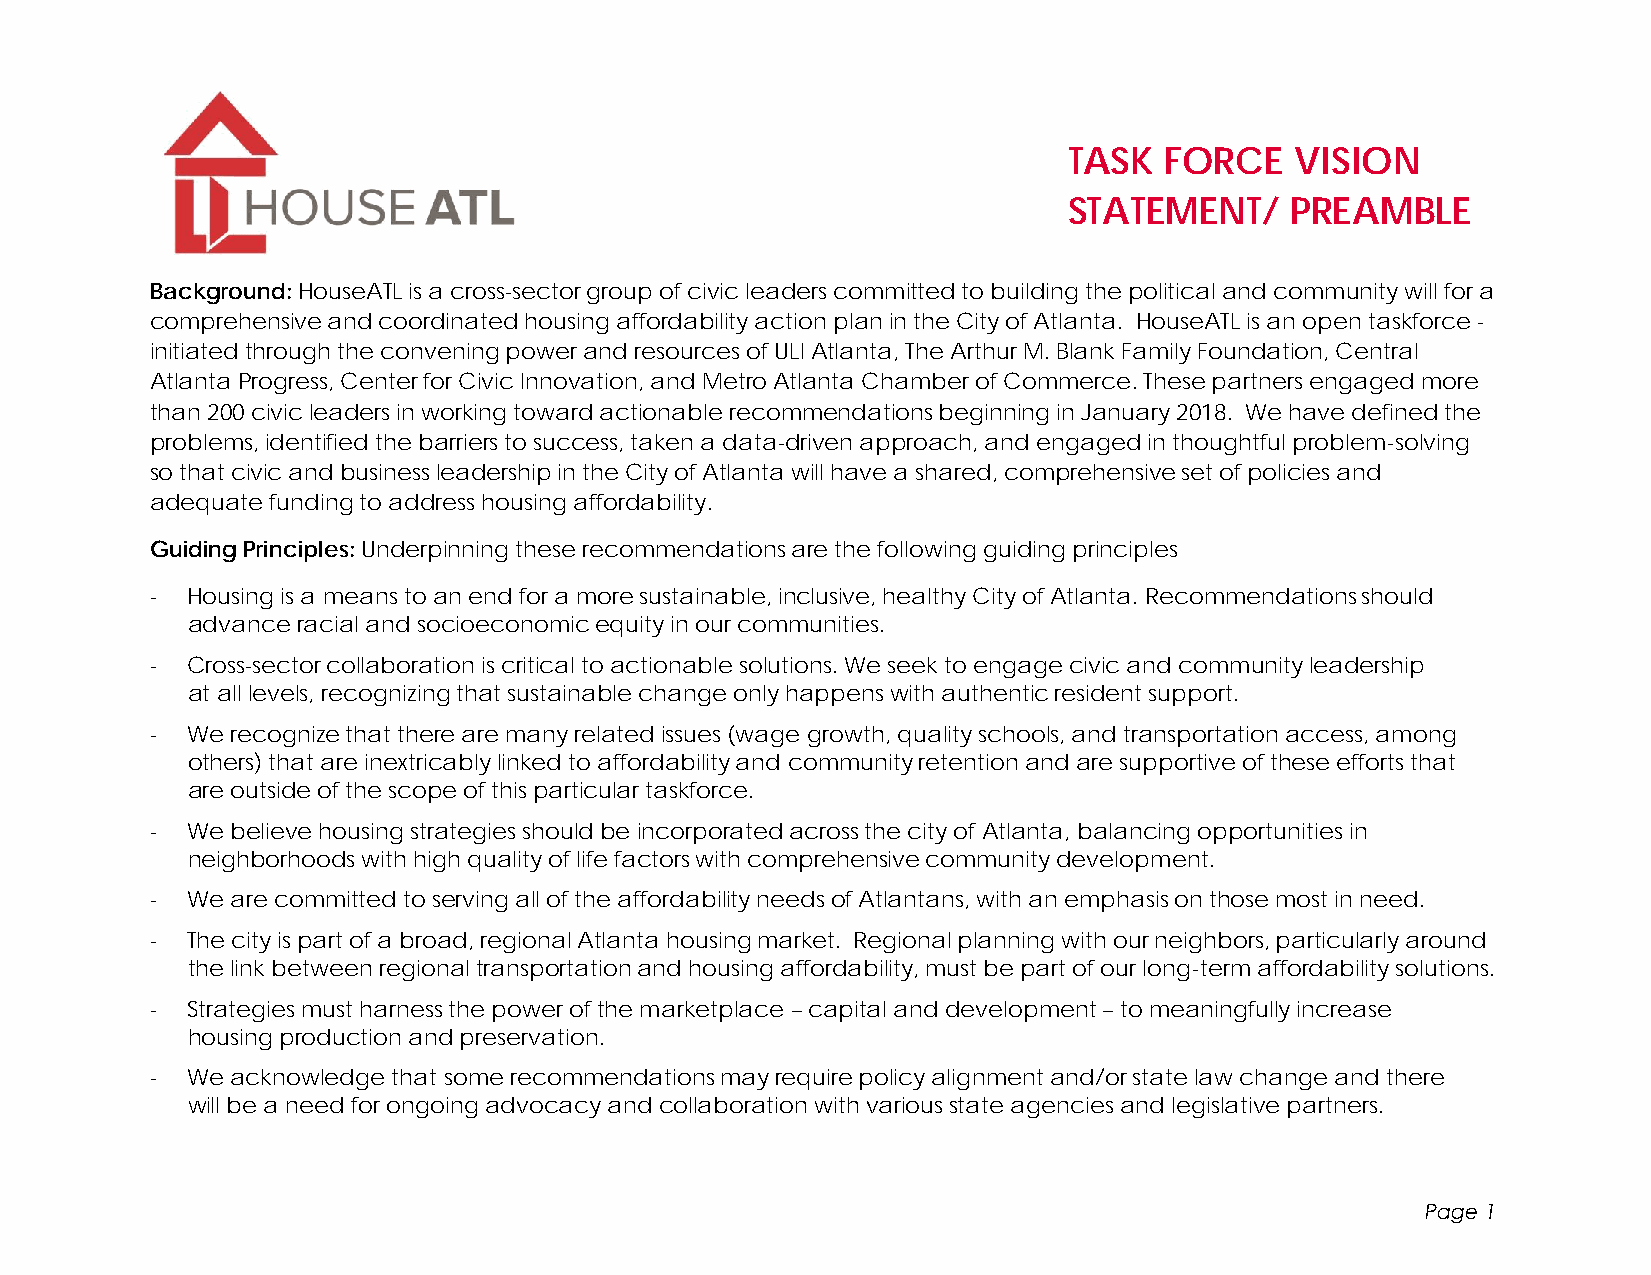
TASK  FORCE    VISION
 STATEMENT/    PREAMBLE
 Background: HouseATL is a cross-sector group of civic leaders committed to building the political and community will for a
 comprehensive and coordinated housing affordability action plan in the City of Atlanta. HouseATL is an open taskforce -
 initiated through the convening power and resources of ULI Atlanta, The Arthur M. Blank Family Foundation, Central
 Atlanta Progress, Center for Civic Innovation, and Metro Atlanta Chamber of Commerce. These partners engaged more
 than 200 civic leaders in working toward actionable recommendations beginning in January 2018. We have defined the
 problems, identified the barriers to success, taken a data-driven approach, and engaged in thoughtful problem-solving
 so that civic and business leadership in the City of Atlanta will have a shared, comprehensive set of policies and
 adequate funding to address housing affordability.
 Guiding Principles: Underpinning these recommendations are the following guiding principles
 - Housing is a means to an end for a more sustainable, inclusive, healthy City of Atlanta. Recommendations should
 advance racial and socioeconomic equity in our communities.
 - Cross-sector collaboration is critical to actionable solutions. We seek to engage civic and community leadership
 at all levels, recognizing that sustainable change only happens with authentic resident support.
 - We recognize that there are many related issues (wage growth, quality schools, and transportation access, among
 others) that are inextricably linked to affordability and community retention and are supportive of these efforts that
 are outside of the scope of this particular taskforce.
 - We believe housing strategies should be incorporated across the city of Atlanta, balancing opportunities in
 neighborhoods with high quality of life factors with comprehensive community development.
 - We are committed to serving all of the affordability needs of Atlantans, with an emphasis on those most in need.
 - The city is part of a broad, regional Atlanta housing market. Regional planning with our neighbors, particularly around
 the link between regional transportation and housing affordability, must be part of our long-term affordability solutions.
 - Strategies must harness the power of the marketplace – capital and development – to meaningfully increase
 housing production and preservation.
 - We acknowledge that some recommendations may require policy alignment and/or state law change and there
 will be a need for ongoing advocacy and collaboration with various state agencies and legislative partners.
 Page 1